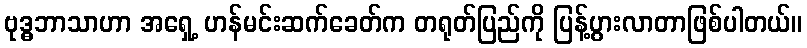
ဗုဒ္ဓဘာသာဟာ အရှေ့ ဟန်မင်းဆက်ခေတ်က တရုတ်ပြည်ကို ပြန့်ပွားလာတာဖြစ်ပါတယ်။